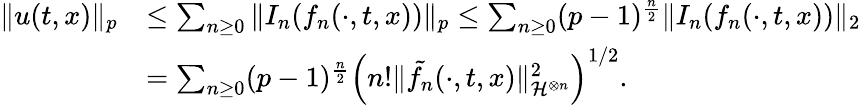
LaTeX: \begin{array}{rl}{\Vert u(t,x)\Vert_{p}}&{\leq\sum_{n\geq 0}\Vert I_{n}(f_{n}(\cdot,t,x))\Vert_{p}\leq\sum_{n\geq 0}(p-1)^{\frac n2}\Vert I_{n}(f_{n}(\cdot,t,x))\Vert_{2}}\\ &{=\sum_{n\geq 0}(p-1)^{\frac n2}\left(n!\Vert\tilde{f_{n}}(\cdot,t,x)\Vert_{\mathcal{H}^{\otimes n}}^{2}\right)^{1/2}.}\end{array}